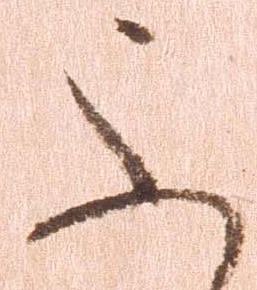
ふ